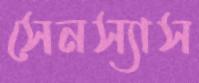
সেনস্যাস